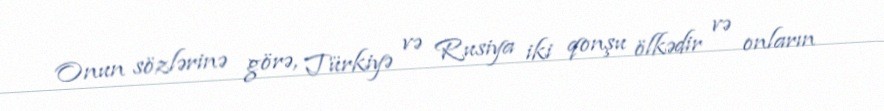
Onun sözlərinə görə, Türkiyə və Rusiya iki qonşu ölkədir və onların